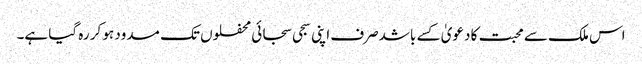
اس ملک سے محبت کا دعویٰ کسے باشدصرف اپنی سجی سجائی محفلوں تک مسدود ہو کر رہ گیا ہے۔